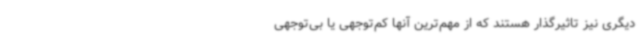
دیگری نیز تاثیرگذار هستند که از مهم‌ترین آنها کم‌توجهی یا بی‌توجهی